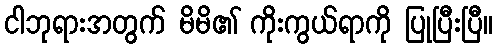
ငါဘုရားအတွက် မိမိ၏ ကိုးကွယ်ရာကို ပြုပြီးပြီ။